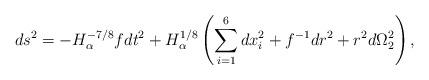
\begin{align*}ds^2=-H_\alpha^{-7/8}f dt^2 +H_\alpha^{1/8}\left(\sum_{i=1}^6 dx_i^2 +f^{-1} dr^2+r^2 d\Omega_2^2\right),\end{align*}